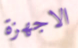
الاجهزة